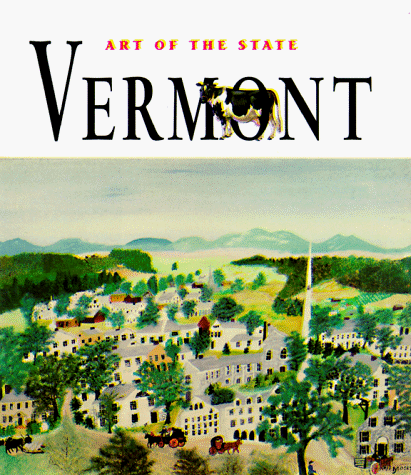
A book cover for Art of the State: Vermont; Suzanne Mantell; Travel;